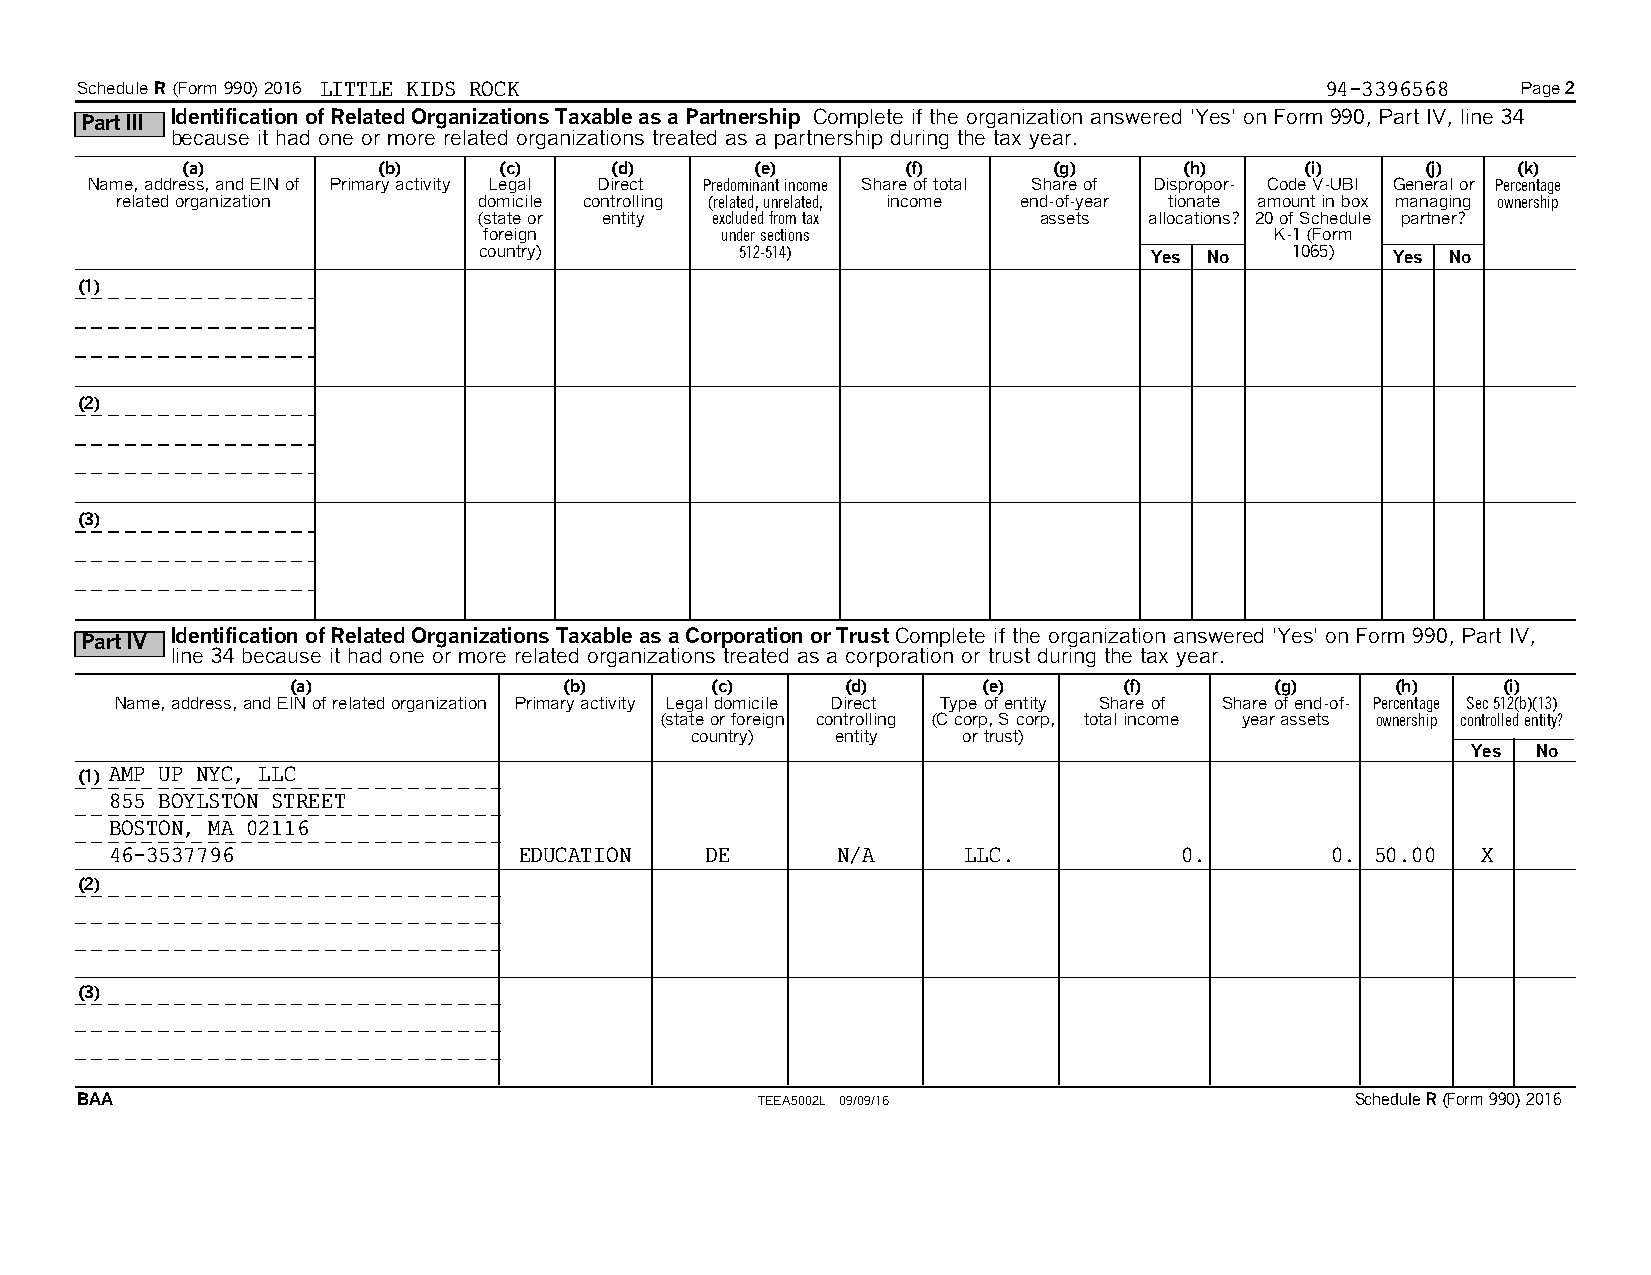
Schedule R(Form 990) 2016 LITTLE KIDS ROCK                                         94-3396568   Page2
 Part III Identification of Related Organizations Taxable as a Partnership Complete if the organization answered 'Yes' on Form 990, Part IV, line 34
 because it had one or more related organizations treated as a partnership during the tax year.
 (a)          (b)     (c)     (d)      (e)       (f)       (g)     (h)     (i)     (j)   (k)
 Name, address, and EIN of Primary activity Legal Direct Predominantincome Share of total Share of Dispropor- Code V-UBI General or Percentage
 related organization    domicile controlling (related,unrelated, income end-of-year tionate amount in box managing ownership
 (state or entity excludedfrom tax    assets allocations? 20 of Schedule partner?
 foreign         undersections                       K-1(Form
 country)         512-514)                   Yes No   1065)  Yes No
 (1)
 (2)
 (3)
 Identification of Related Organizations Taxable as a Corporation or Trust Complete if the organization answered 'Yes' on Form 990, Part IV,
 Part IV
 line 34 because it had one or more related organizations treated as a corporation or trust during the tax year.
 (a)               (b)       (c)      (d)      (e)      (f)       (g)     (h)     (i)
 Name, address, and EIN of related organization Primary activity Legal domicile Direct Type of entity Share of Share of end-of- Percentage Sec 512(b)(13)
 (state or foreign controlling (C corp, S corp, total income yearassets ownership controlled entity?
 country) entity   or trust)
 Yes  No
 (1) AMP UP NYC, LLC
 855 BOYLSTON STREET
 BOSTON, MA 02116
 46-3537796                 EDUCATION    DE      N/A      LLC.          0.        0. 50.00  X
 (2)
 (3)
 BAA                                          TEEA5002L 09/09/16                      Schedule R (Form 990) 2016